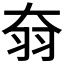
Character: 𦏷